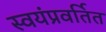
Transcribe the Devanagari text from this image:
स्वयंप्रवर्तित